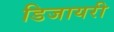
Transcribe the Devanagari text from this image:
डिजायरी